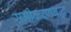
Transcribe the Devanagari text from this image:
समीकरणबद्ध